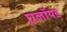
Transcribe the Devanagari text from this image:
एलॉयड